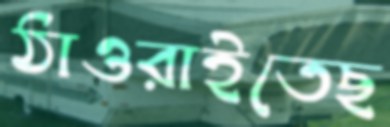
ঠাওরাইতেছ